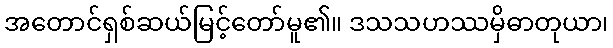
အတောင်ရှစ်ဆယ်မြင့်တော်မူ၏။ ဒသသဟဿမှိဓာတုယာ၊